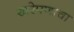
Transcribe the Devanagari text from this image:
खरेपणाचा